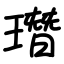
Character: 㻸